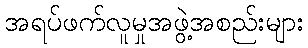
အရပ်ဖက်လူမှုအဖွဲ့အစည်းများ